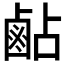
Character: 𪉜